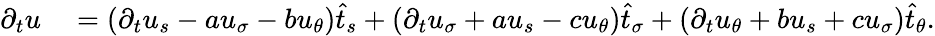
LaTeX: \begin{array}{rl}{\partial_{t}u}&{{}=\left(\partial_{t}u_{s}-au_{\sigma}-bu_{\theta}\right)\widehat{t}_{s}+\left(\partial_{t}u_{\sigma}+au_{s}-cu_{\theta}\right)\widehat{t}_{\sigma}+\left(\partial_{t}u_{\theta}+bu_{s}+cu_{\sigma}\right)\widehat{t}_{\theta}.}\end{array}